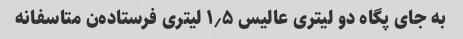
به جای پگاه دو لیتری عالیس ۱٫۵ لیتری فرستاده‌ن متاسفانه